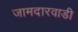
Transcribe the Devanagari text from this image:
जामदारवाडी